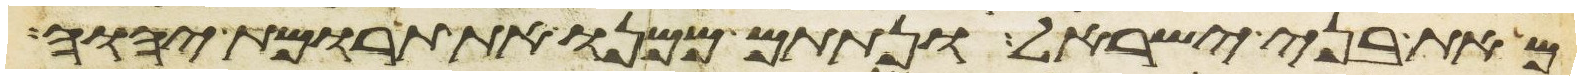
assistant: מאת בני ישראל ונתתם ממנו את תרומת יהוה